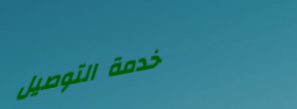
خدمة التوصيل